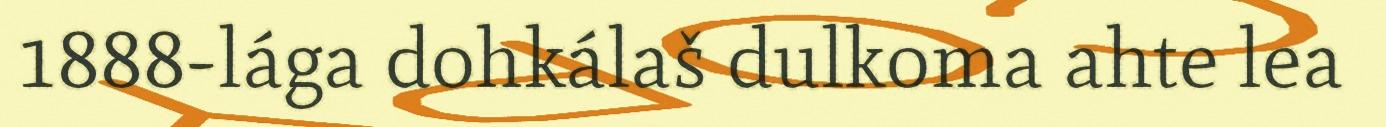
1888-lága dohkálaš dulkoma ahte lea